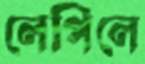
লেপিলে